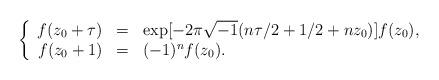
LaTeX: \begin{align*}\left\{ \begin{array}{rcl}f(z_0 +\tau ) & = & \exp [-2\pi \sqrt{-1}(n\tau /2+1/2 +nz_0 )]f(z_0 ), \\f(z_0 +1) & = & (-1)^n f(z_0 ). \end{array} \right.\end{align*}